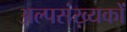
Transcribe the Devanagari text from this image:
अल्पसंख़्यकों